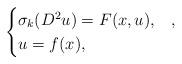
LaTeX: \begin{align*} \begin{cases} \sigma_k(D^2u) = F(x,u), & , \\ u = f(x), & \end{cases}\end{align*}